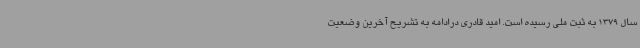
سال 1379 به ثبت ملی رسیده است. امید قادری درادامه به تشریح آخرین وضعیت